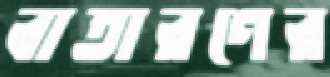
বাতারণের